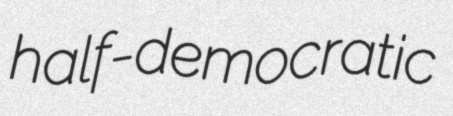
half-democratic